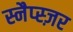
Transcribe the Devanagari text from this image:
स्नैप्स्ज़र